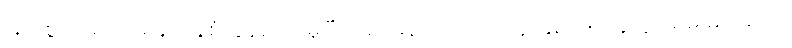
မြတ်စွာဘုရား ပရိနိဗ္ဗာန်စံလွန်တော်မူပြီးသည်နောက် သာသနာနှစ် ၁၅၇ခုတွင် ရှမ်းမင်းဆက်